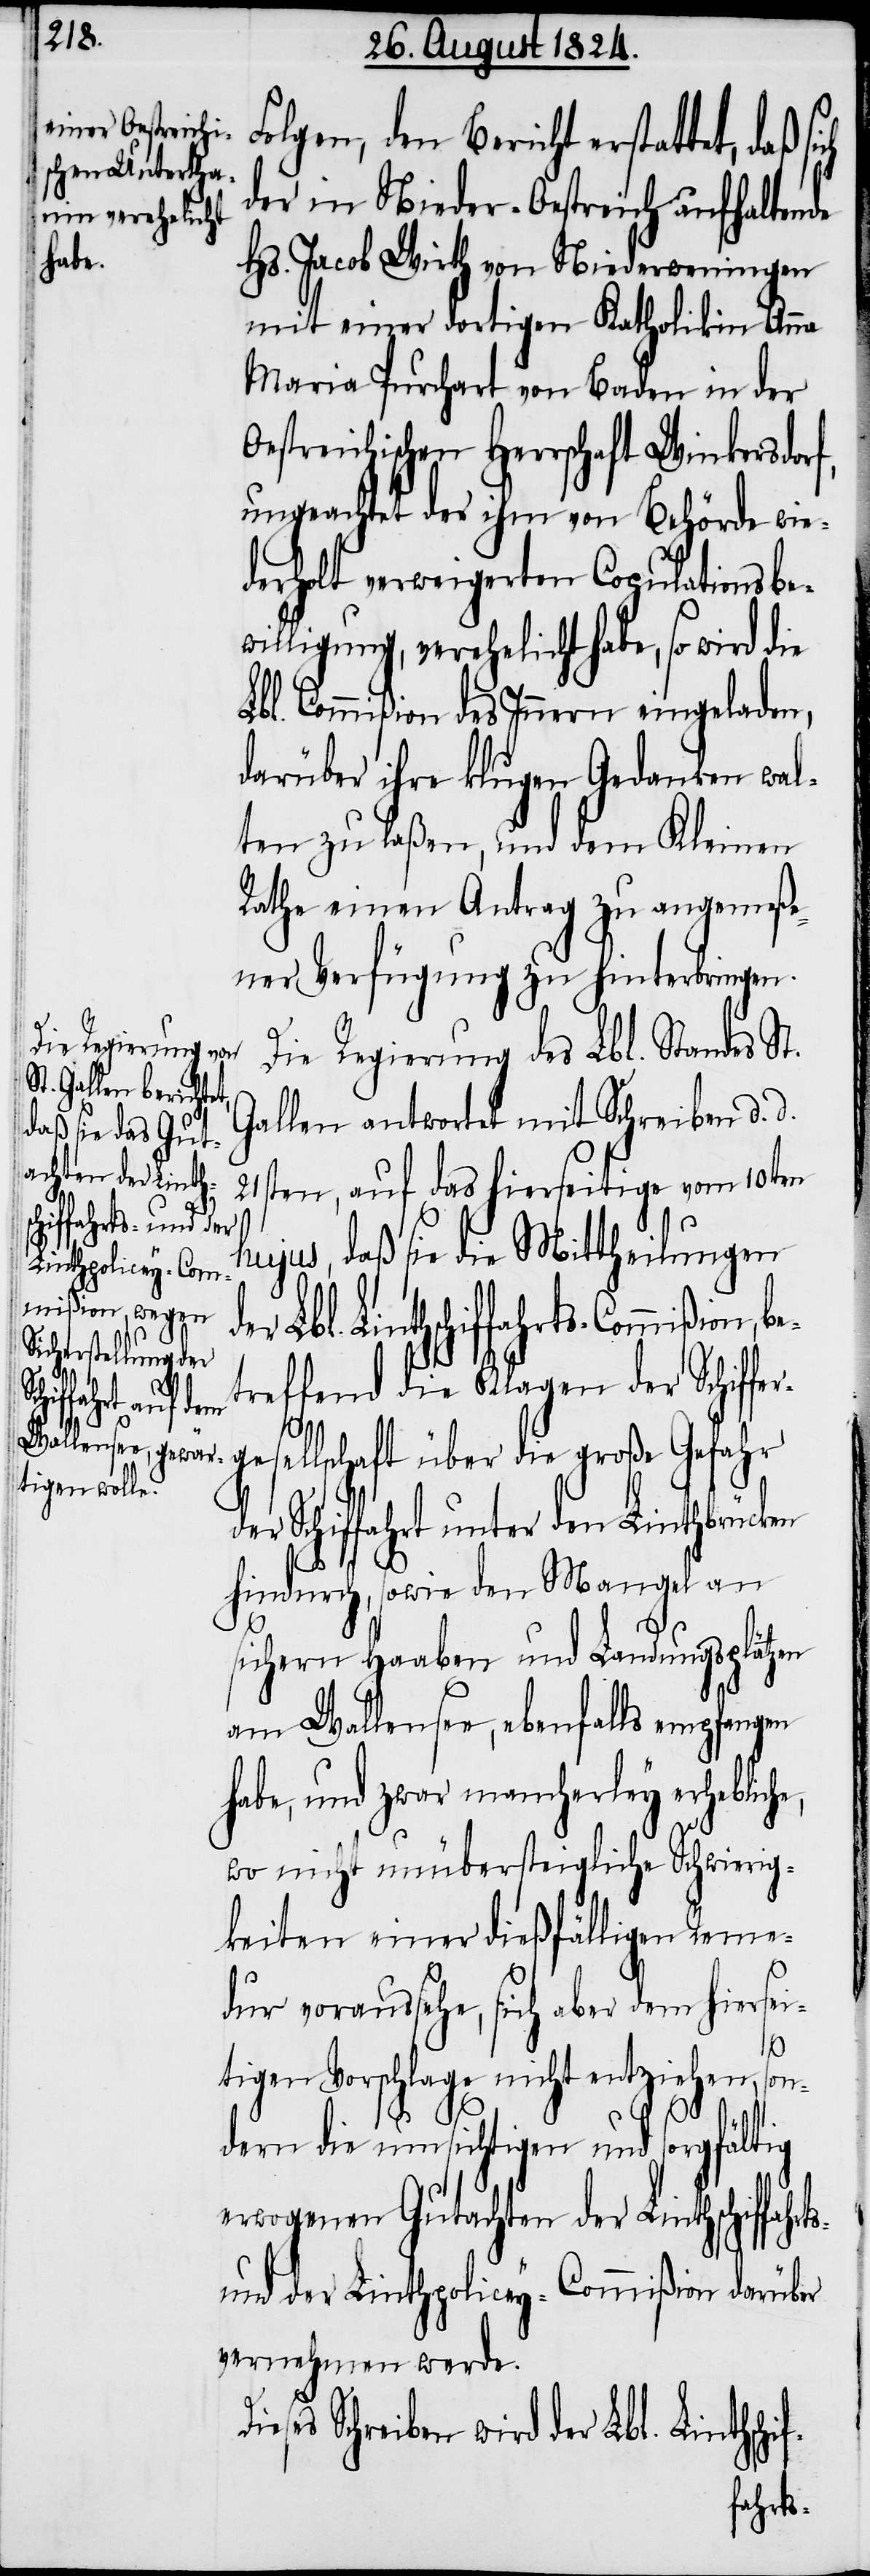
f-

olgen, den Bericht erstattet, daß
der in Nieder-Oestreich aufhaltende
Hs. Jacob Wirth von Niederweningen
mit einer dortigen Katholikin Anna
Maria Purchart von Baden in der
Oestreichischen Herrschaft Winkersdorf,
ungeachtet der ihm von Behörde wie¬
derholt verweigerten Copulationsbe¬
willigung, verehelicht habe, so wird die
Lbl. Commißion des Innern eingeladen,
darüber ihre klugen Gedanken wal¬
ten zu laßen, und dem Kleinen
Rathe einen Antrag zu angemeße¬
ner Verfügung zu hinterbringen.
Die Regierung des Lbl. Standes St.
Gallen antwortet mit Schreiben d. d.
21sten, auf das hierseitige vom 10ten
hujus, daß sie die Mittheilungen
Linthschiffahrts-Commißion,
treffend die Klagen der Schiffe¬
Die¬
ellschaft über die große Gefahr
d¬
er Schiffahrt unter den Linthbrücken
hindurch, sowie den Mangel an
sichern Haaben und Landungsplätzen
am Wallensee, ebenfalls empfangen
habe, und zwar mancherley erheblich¬
wo nicht unübersteigliche Schwierig¬
keiten einer dießfälligen Reme¬
dur voraussehe, sich aber dem hiersei¬
tigen Vorschlage nicht entziehen, son¬
dern die umsichtigen und sorgfältig
erwogenen Gutachten der Linthschif¬
und der Linthpolicey-Commißion darüber
vernehmen werde.
ses Schreiben wird der Lbl. Linthschi¬
fahrts-